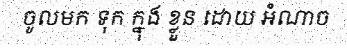
ចូលមក ទុក ក្នុង ខ្លួន ដោយ អំណាច